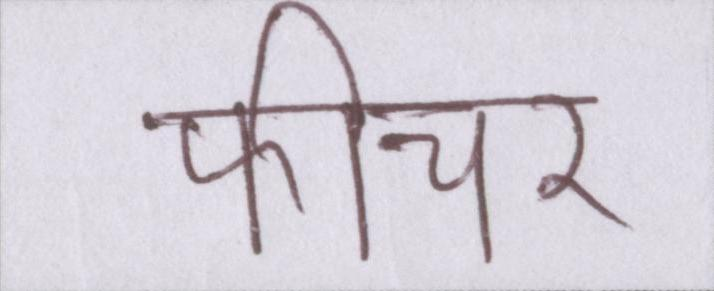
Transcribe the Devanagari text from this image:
फीचर